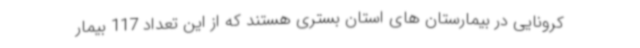
کرونایی در بیمارستان های استان بستری هستند که از این تعداد 117 بیمار